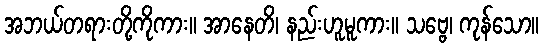
အဘယ်တရားတို့ကိုကား။ အာနေတိ၊ နည်းဟူမူကား။ သဗ္ဗေ၊ ကုန်သော။